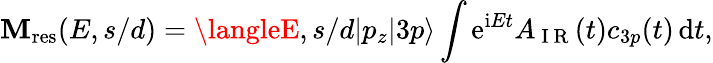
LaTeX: \mathbf{M}_{\mathrm{{{res}}}}(E,s/d)=\langleE,s/d|p_{z}|3p\rangle\int\mathrm{e}^{\mathrm{i}Et}A_{\mathrm{{~I~R~}}}(t)c_{3p}(t)\, \mathrm{d}t,